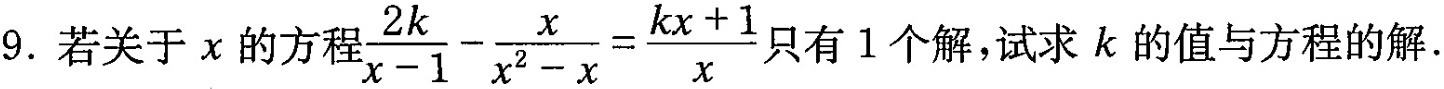
9.若关于χ的方程 $$\frac{2k}{x-1}- \frac{x}{x^{2}-x}= \frac{kx+1}{x} $$只有1个解，试求k的值与方程的解。